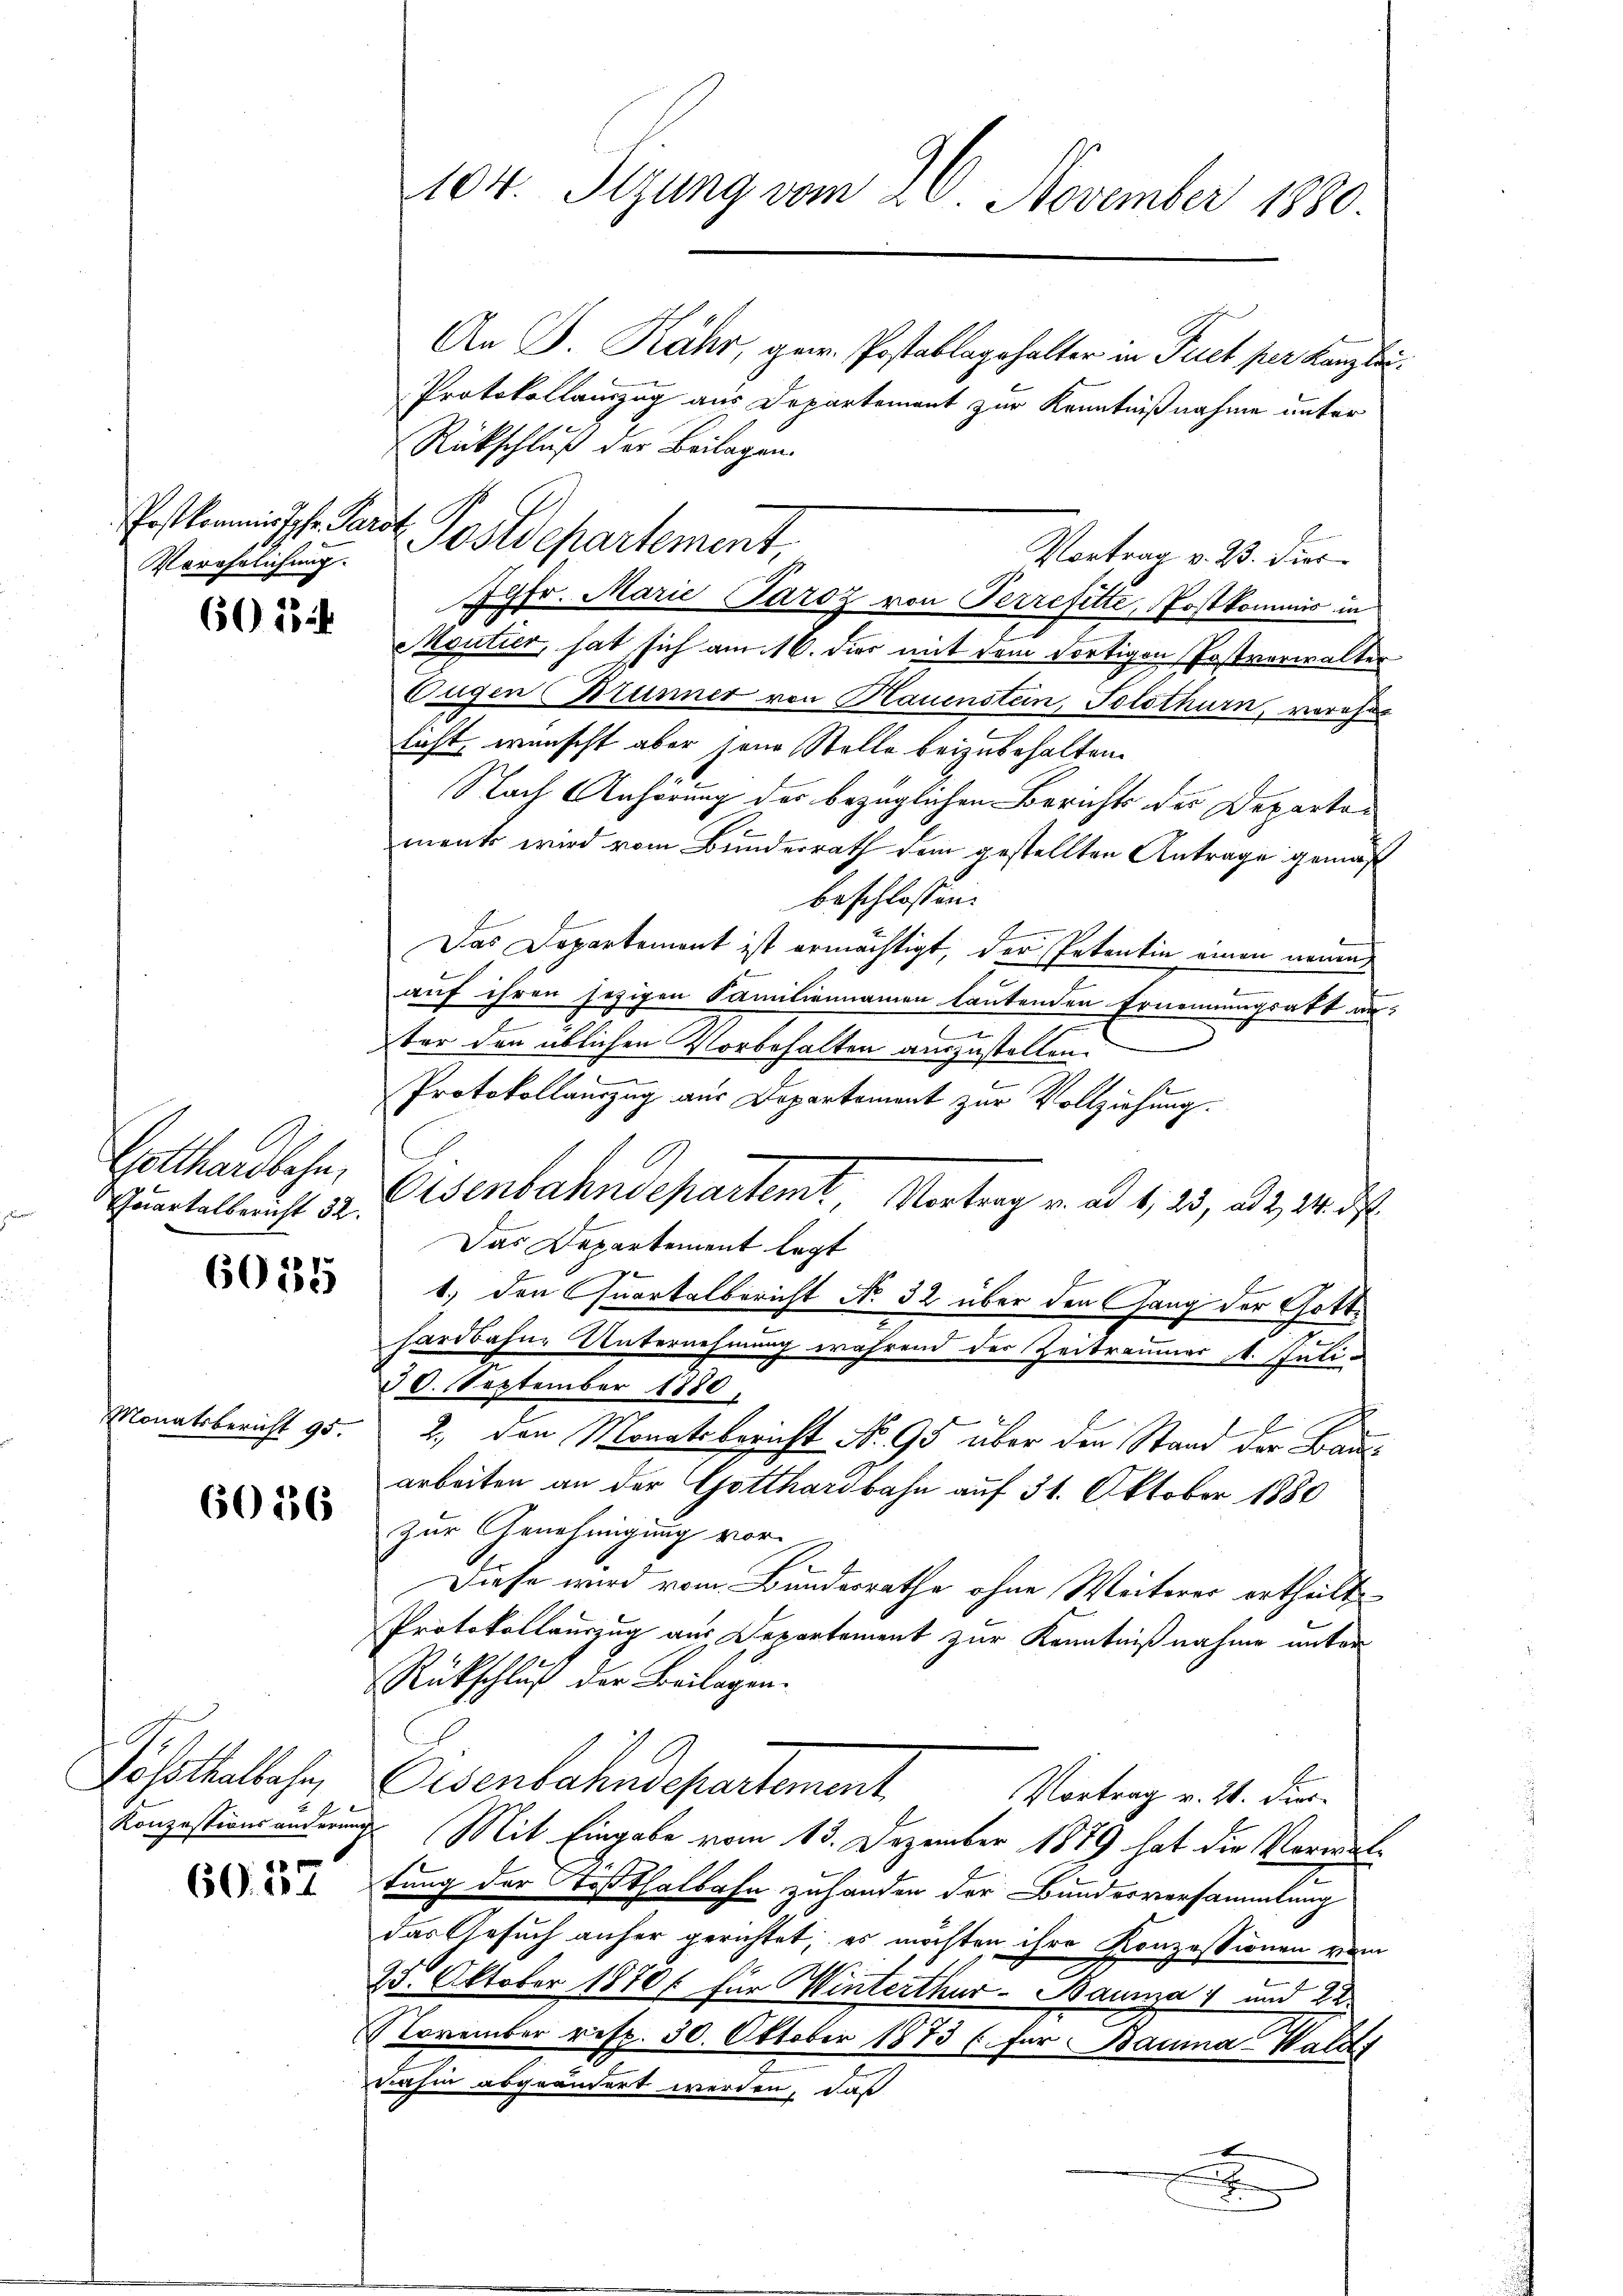
Postkommissche Paro
Verehelichung.

60134

Gotthardbahn.
Quartalbericht 32.

6035

Monatsbericht 95.

6036

Posothalbahn,
.
Konzessions anderin

60. 37

104. Sizung vom 26. November 1880.

An J. Rähr, ger. Postablagehalter in Fict per Kanzlei.
Protokollauszug aus Departement zur Kenntnißnahme unter
Rückschluß der Beilagen.
Vortrag v. 23. dies
Jgfr. Marie Paroz von Perrefitte, Postkommis in
Moutier, hat sich am 16. dir mit dem dortigen Postverwalter
Eugen Brunner von Hauenstein, Solothurn, verehe
licht, wünscht aber jene Stelle beizubehalten.
Nach Anhörung der bezüglichen Berichts des Departement wird vom Bunderrath dem gestellten Antrage gemäß
beschlossen:
4
Das Departement ist ermächtigt, der Petentin einen neuen
auf ihren jezigen Familiennamen lautenden Ernennungsatt aus
ter den üblichen Vorbehalten auszustellen.
Protokollauszug aus Departement zur Vollziehung.
Eisenbahndepartemt, Vortrag v. ad 1, 25, ad 2, 24. d
Das Departement legt
1) den Quartalbericht No. 32 über den Gang der Gotthardbahne Unternehmung während der Zeitraumer 1. Juli-
30. September 1880.
2., den Monatsbericht No. 95 über den Stand der Bauarbeiten an der Gotthardbahn auf 31. Oktober 1880
Zur Genehmigung vor-
Diese wird vom Bundesrathe ohne Weiterer ertheilt
Protokollauszug aus Departement zur Kenntnißnahme unter
Rückschluß der Beilagen.
Osenbahndepartement
Vortrag v. 21. Dies
 Mit Eingabe vom 13. Dezember 1879 hat die Vorwaltung der Tößthalbahn zuhanden der Bundesversammlung
das Gesuch anher gerichtet; es möchten ihre Konzessionen vom
e
25. Oktober 1870 für Winterthur–Bauma 1 und 22
November resp. 30. Oktober 1873 (für Bauma Walds
dahin abgeändert werden, daß
x
e

Postdepartement,